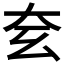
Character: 𡗰